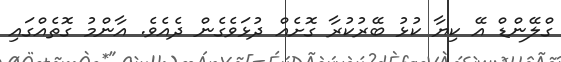
ގްލޭންޑް އޭ ކިޔާ ކުޅު ބޭރުކުރާ ގޮށެއް ދުޅަވެގެން ދެއެވެ. އާންމު ގޮތެއްގައި